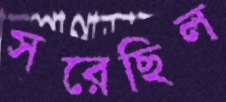
সরেছিল